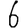
Digit: 6